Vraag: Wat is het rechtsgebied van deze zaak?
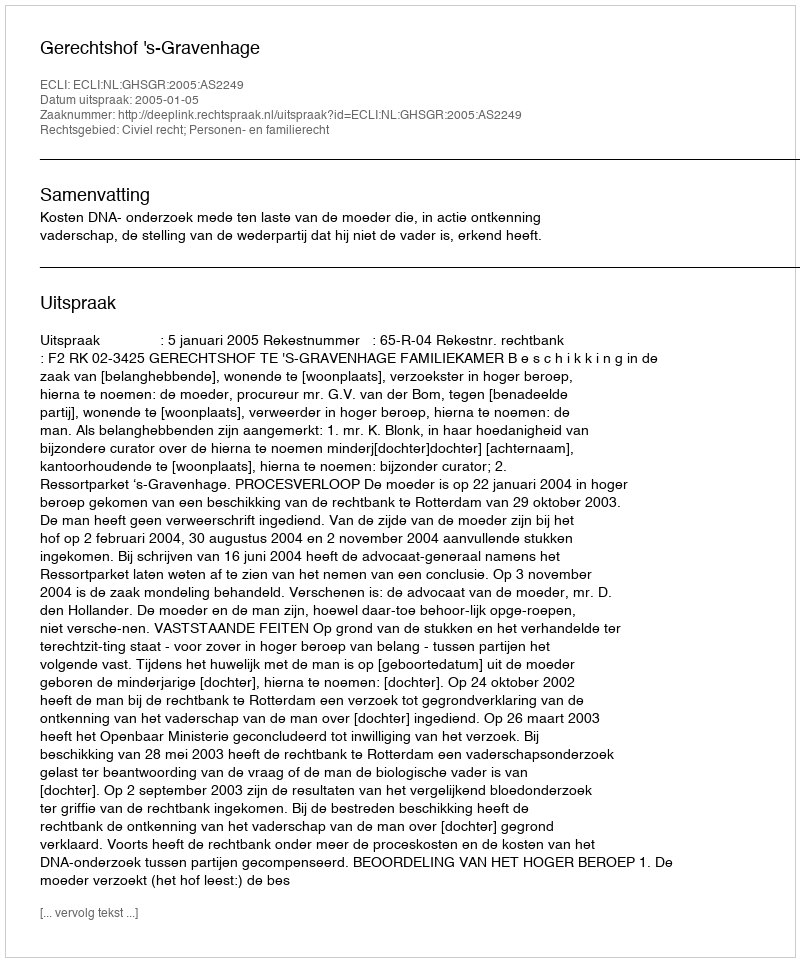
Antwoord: Civiel recht; Personen- en familierecht